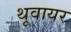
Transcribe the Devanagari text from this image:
थूवायर